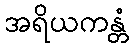
အရိယကန္တံ